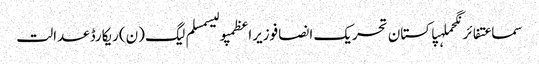
سماعتفائرنگحملہپاکستان تحریک انصافوزیراعظمپولیسمسلم لیگ (ن)ریکارڈعدالت